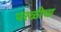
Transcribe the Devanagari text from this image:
परळीचा